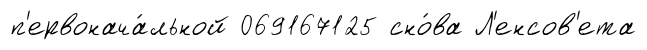
п'ервонача́льной 069167125 сно́ва Л'енсов'ета